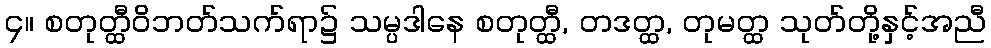
၄။ စတုတ္ထီဝိဘတ်သက်ရာ၌ သမ္ပဒါနေ စတုတ္ထီ, တဒတ္ထ, တုမတ္ထ သုတ်တို့နှင့်အညီ